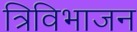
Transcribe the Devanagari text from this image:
त्रिविभाजन